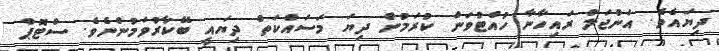
ދިޔައެވެ. އަންޖަލް ރައިހާނާ ހުއްޓުވަން ކުރަމުން ދިޔަ މަސައްކަތް ދިޔައީ ބޭކާރުވަމުންނެވެ. ސްޓޮޕް